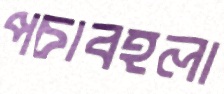
পচাবহলা